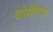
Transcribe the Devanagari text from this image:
बोगींचा